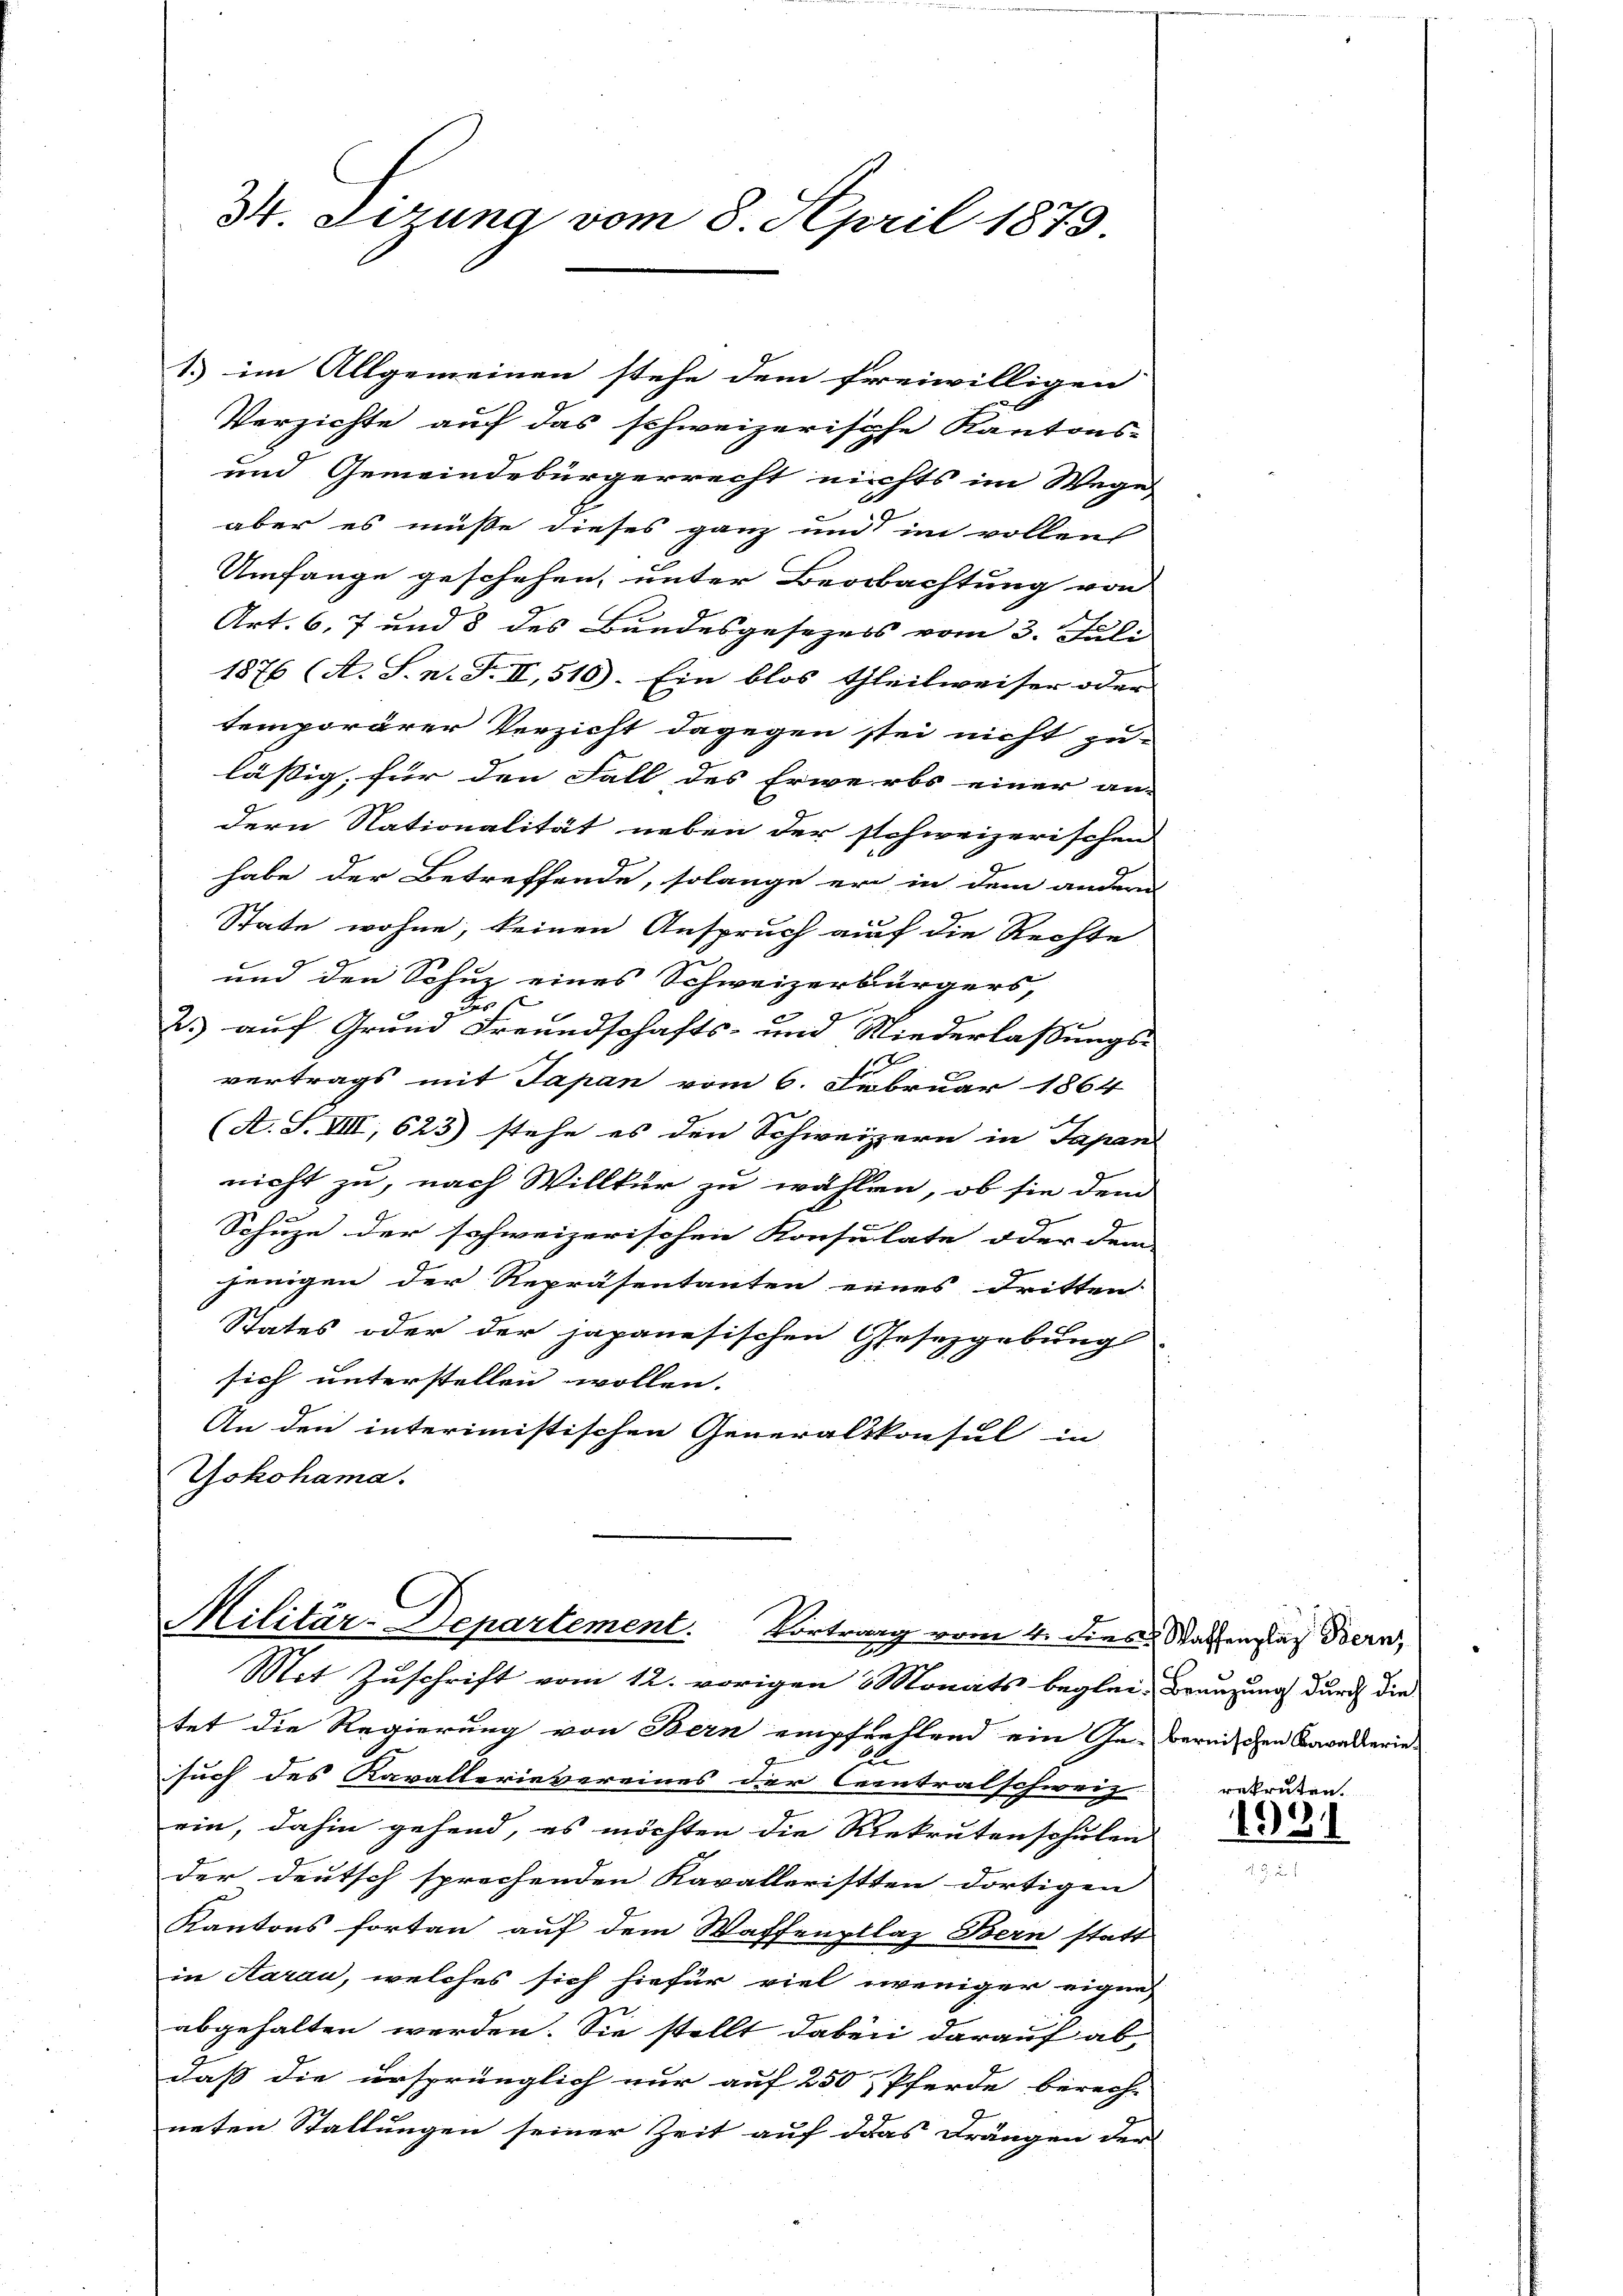
M. Sizung vom 8. April 1879

1. im Allgemeinen stehe dem freiwilligen
Verzichte auf das schweizerische Kantons-
und Gemeindebürgerrecht nichts im Wege
aber es müße dieses ganz und im vollen
Umfange geschehen, unter Beobachtung von
Art. 6, 7 und 8 des Bundesgesezess vom 3. Juli
1876 (A. S. n. F. II, 510). Ein blos theilweiser oder |
temporärer Verzicht dagegen stei nicht zu-
lässig, für den Fall des Erwerbs einer an-
dern Nationalität neben der schweizerischen
habe der Betreffende, solange er in dem andern
State wohne, keinen Anspruch auf die Rechte
und den Schuz eines Schweizerbürgers,
des
2.) auf Grund Freundschafts- und Niederlassungs-
1
vertrags mit Japan vom 6. Februar 1864
(A. S. VIII, 623) stehe es den Schweizern in Japan
nicht zu, nach Willkür zu wählen, ob sie dem
Schuze der schweizerischen Konsulate oder dem
jenigen der Repräsentanten eines dritten
States oder der japanesischen Gesetzgebung
sich unterstellen wollen. |
An den interimistischen Generalskonsul in
Yokohama.

Militär-Departement. Vortrag vom 4. dies Statten Bern,
Mit Zuschrift vom 12. vorigen 3 Monats beglei- Brauzung durch die

tet die Regierung von Bern empfentland ein Gebernischen Anwalterie-
88
such des Kavallerievereines der Centralschweiz
ein, dahin gehend, es möchten die Riekrutenschulen
der deutsch sprechenden Kavalleristten dortigen
Kantons fortan auf dem Waffenplaz Bern statt
in Aarau, welches sich hiefür viel weniger eigen
abgehalten werden. Sie stellt dabei darauf ab
daß die ursprünglich nur auf 250 Pferde berech-
neten Stallungen seiner Zeit auf das Drängen der

rekruten.
1921